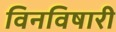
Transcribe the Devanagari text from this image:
विनविषारी